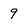
Character: 9